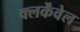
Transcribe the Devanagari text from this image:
क्लर्केंवेल